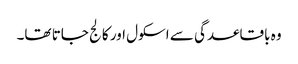
وہ باقاعدگی سے اسکول اور کالج جاتا تھا۔